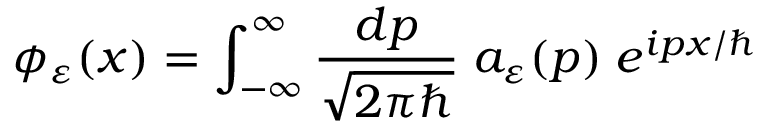
\phi _ { \varepsilon } ( x ) = \int _ { - \infty } ^ { \infty } \frac { d p } { \sqrt { 2 \pi \hbar } } \; a _ { \varepsilon } ( p ) \; e ^ { i p x / \hbar }